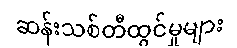
ဆန်းသစ်တီထွင်မှုများ